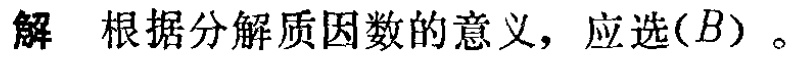
解 根据分解质因数的意义，应选$(B)$。